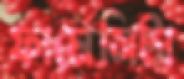
ফার্মেসিটা